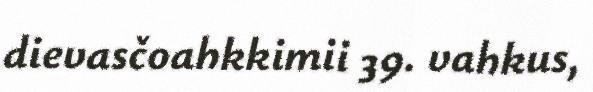
dievasčoahkkimii 39. vahkus,